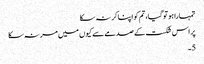
تمہارا ہو تو گیا، تم کو اپنا کر نہ سکا
پر اس شکست کے صدمے سے کیوں میں مر نہ سکا
5۔